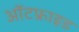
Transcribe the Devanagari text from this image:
ऑटफ्राइड